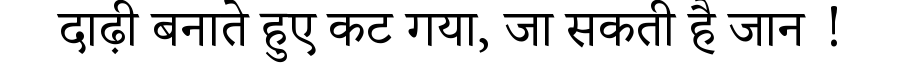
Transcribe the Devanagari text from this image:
दाढ़ी बनाते हुए कट गया, जा सकती है जान !